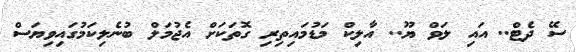
ސޭ ދެޓް.. އައި ލަވް ޔޫ.. އާލިކް މަޑުމައިތިރި ގޮތަކަށް އެޖުމަލް ބުނެލިކަމުގައިވިޔަސް